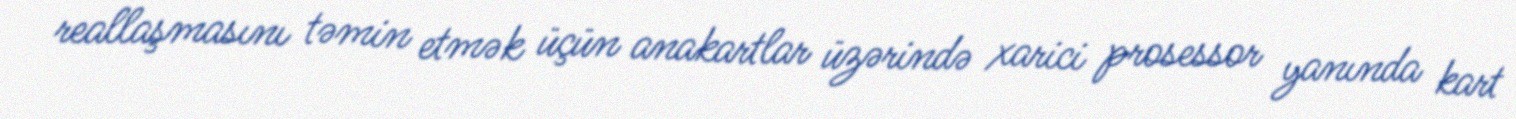
reallaşmasını təmin etmək üçün anakartlar üzərində xarici prosessor yanında kart